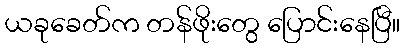
ယခုခေတ်က တန်ဖိုးတွေ ပြောင်းနေပြီ။